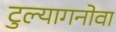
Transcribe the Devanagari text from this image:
टुल्यागनोवा